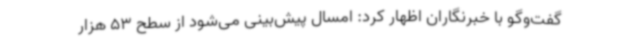
گفت‌وگو با خبرنگاران اظهار کرد: امسال پیش‌بینی می‌شود از سطح 53 هزار